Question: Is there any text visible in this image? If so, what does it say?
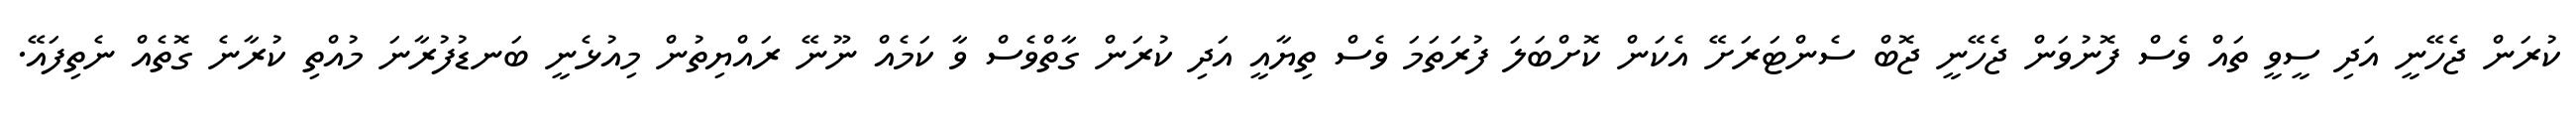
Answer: ކުރަން ޖެހޭނީ އަދި ސީވީ ތައް ވެސް ފޮނުވަން ޖެހޭނީ ޖޮބް ސެންޓަރަށޭ އެކަން ކޮށްބަލަ ފުރަތަމަ ވެސް ތިޔާއީ އަދި ކުރަން ގާތްވެސް ވާ ކަމެއް ނޫނޭ ރައްޔިތުން މިއުޅެނީ ބަނޑުފުރާނަ މުއްތި ކުރާނެ ގޮތެއް ނެތިފައޭ.